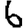
Digit: 6